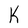
Character: K